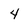
Character: 4